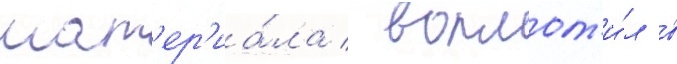
мат'ер'иа́ла / воплот'и́л в